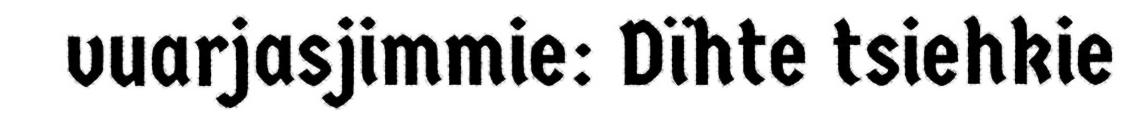
vuarjasjimmie: Dïhte tsiehkie